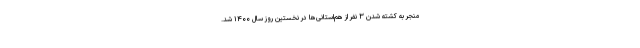
منجر به کشته شدن ۳ نفر از هم‌استانی‌ها در نخستین روز سال ۱۴۰۰ شد.